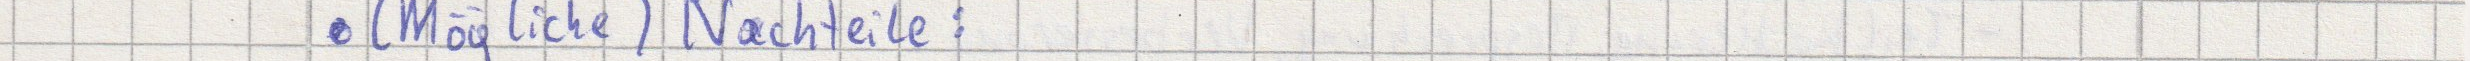
(Mögliche) Nachteile: